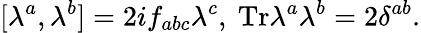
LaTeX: [\lambda^{a},\lambda^{b}]=2if_{abc}\lambda^{c},\ \mathrm{Tr}\lambda^{a}\lambda^{b}=2\delta^{ab}.